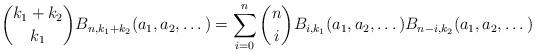
LaTeX: \begin{align*}\binom {k_1+k_2}{k_1}B_{n,k_1+k_2}(a_1, a_2, \dots)=\sum_{i=0}^n\binom niB_{i,k_1}(a_1, a_2, \dots) B_{n-i,k_2}(a_1, a_2, \dots)\end{align*}